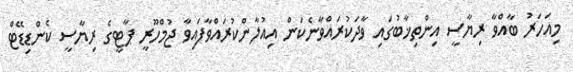
މިއަހަރު ބާއްވާ ރިޔާސީ އިންތިޚާބުގައި ވާދަކުރައްވާނެކަން އިއުލާންކުރައްވާފައިވާ ޖުމްހޫރީ ޕާޓީގެ ރިޔާސީ ކެންޑިޑޭޓް